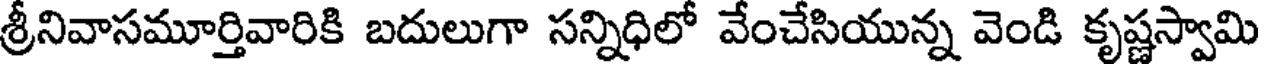
శ్రీనివాసమూర్తివారికి బదులుగా సన్నిధిలో వేంచేసియున్న వెండి కృష్ణస్వామి